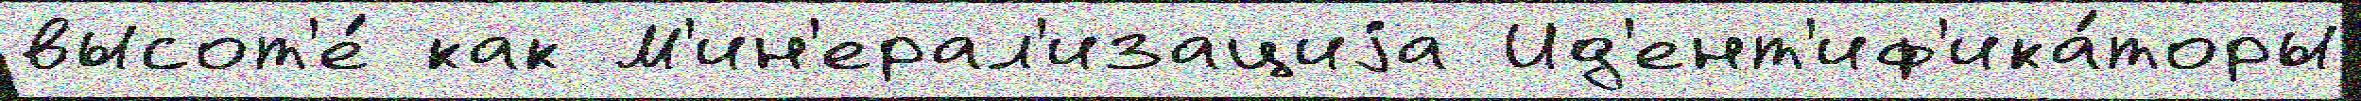
высот'е́ как М'ин'ерал'изациjа Ид'ент'иф'ика́торы